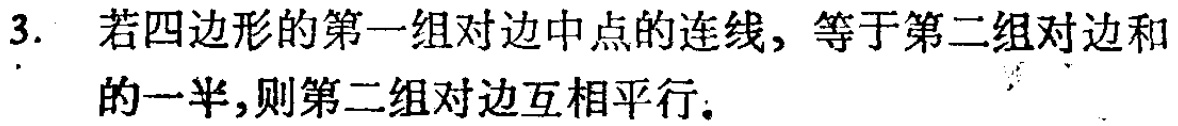
3. 若四边形的第一组对边中点的连线，等于第二组对边和的一半，则第二组对边互相平行。